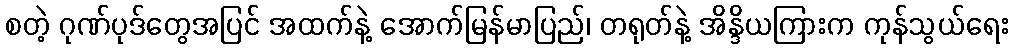
စတဲ့ ဂုဏ်ပုဒ်တွေအပြင် အထက်နဲ့ အောက်မြန်မာပြည်၊ တရုတ်နဲ့ အိန္ဒိယကြားက ကုန်သွယ်ရေး